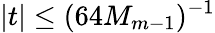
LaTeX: |t|\leq(64M_{m-1})^{-1}